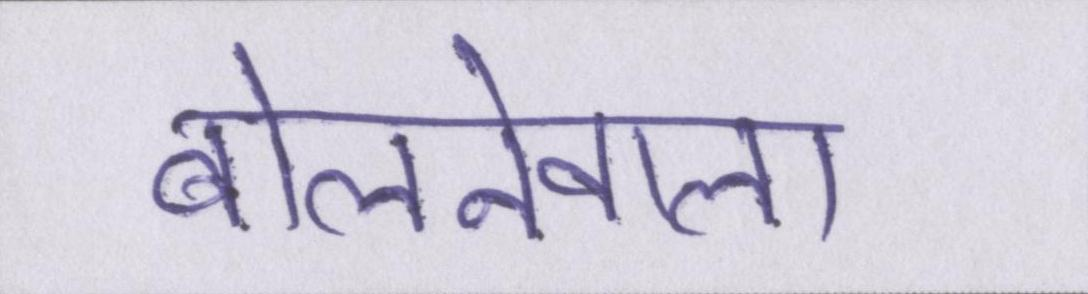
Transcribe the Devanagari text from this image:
बोलनेवाला